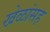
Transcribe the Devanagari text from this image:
खेळांसह